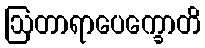
ဩတာရာပေက္ခောတိ